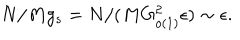
N / M g _ { s } = N / ( M G _ { o ( 1 ) } ^ { 2 } \epsilon ) \sim \epsilon .